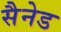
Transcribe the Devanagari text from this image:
सैनेड